Report of the Indian Hemp Drugs Commission, 1894-1895 - Volume V
Year: 1894
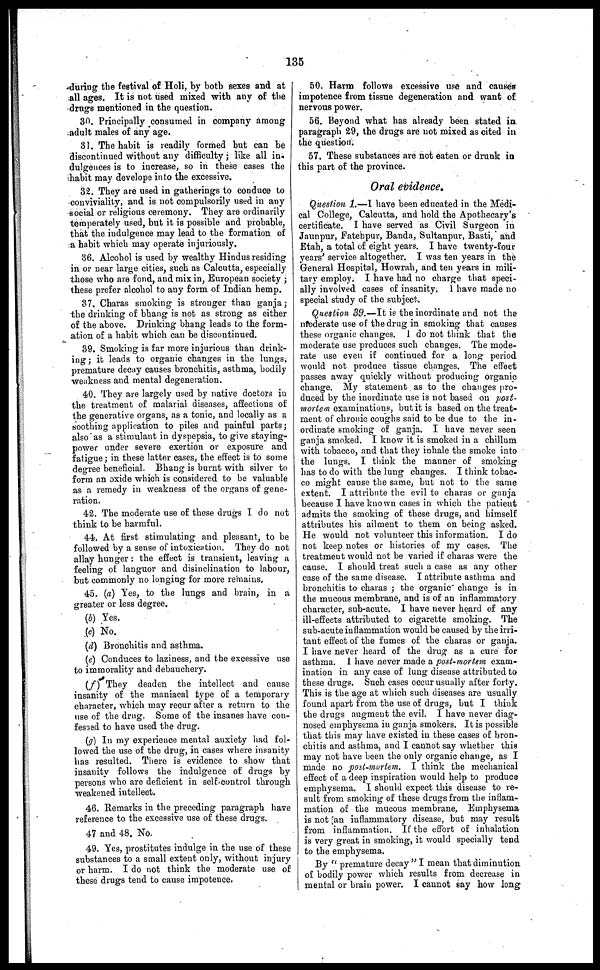
135
during the festival of Holi, by both sexes and at
all ages. It is not used mixed with any of the
drugs mentioned in the question.
30. Principally consumed in company among
adult males of any age.
31. The habit is readily formed but can be
discontinued without any difficulty; like all in-
dulgences is to increase, so in these cases the
habit may develope into the excessive.
32. They are used in gatherings to conduce to
conviviality, and is not compulsorily used in any
social or religious ceremony. They are ordinarily
temperately used, but it is possible and probable,
that the indulgence may lead to the formation of
a habit which may operate injuriously.
36. Alcohol is used by wealthy Hindus residing
in or near large cities, such as Calcutta, especially
those who are fond, and mix in, European society;
these prefer alcohol to any form of Indian hemp.
37. Charas smoking is stronger than ganja;
the drinking of bhang is not as strong as either
of the above. Drinking bhang leads to the form-
ation of a habit which can be discontinued.
39. Smoking is far more injurious than drink-
ing; it leads to organic changes in the lungs,
premature decay causes bronchitis, asthma, bodily
weakness and mental degeneration.
40. They are largely used by native doctors in
the treatment of malarial diseases, affections of
the generative organs, as a tonic, and locally as a
soothing application to piles and painful parts;
also as a stimulant in dyspepsia, to give staying-
power under severe exertion or exposure and
fatigue; in these latter cases, the effect is to some
degree beneficial. Bhang is burnt with silver to
form an oxide which is considered to be valuable
as a remedy in weakness of the organs of gene-
ration.
42. The moderate use of these drugs I do not
think to be harmful.
44. At first stimulating and pleasant, to be
followed by a sense of intoxication. They do not
allay hunger: the effect is transient, leaving a
feeling of languor and disinclination to labour,
but commonly no longing for more remains.
45. (a) Yes, to the lungs and brain, in a
greater or less degree.
(b) Yes.
(c) No.
(d) Bronchitis and asthma.
(e) Conduces to laziness, and the excessive use
to immorality and debauchery.
(f) They deaden the intellect and cause
insanity of the maniacal type of a temporary
character, which may recur after a return to the
use of the drug. Some of the insanes have con-
fessed to have used the drug.
(g) In my experience mental anxiety had fol-
lowed the use of the drug, in cases where insanity
has resulted. There is evidence to show that
insanity follows the indulgence of drugs by
persons who are deficient in self-control through
weakened intellect.
46. Remarks in the preceding paragraph have
reference to the excessive use of these drugs.
47 and 48. No.
49. Yes, prostitutes indulge in the use of these
substances to a small extent only, without injury
or harm. I do not think the moderate use of
these drugs tend to cause impotence.
50. Harm follows excessive use and causes
impotence from tissue degeneration and want of
nervous power.
56. Beyond what has already been stated in
paragraph 29, the drugs are not mixed as cited in
the question.
57. These substances are not eaten or drunk in
this part of the province.
Oral evidence.
Question 1.—I have been educated in the Medi-
cal College, Calcutta, and hold the Apothecary's
certificate. I have served as Civil Surgeon in
Jaunpur, Fatehpur, Banda, Sultanpur, Basti, and
Etah, a total of eight years. I have twenty-four
years' service altogether. I was ten years in the
General Hospital, Howrah, and ten years in mili-
tary employ. I have had no charge that speci-
ally involved cases of insanity. I have made no
special study of the subject.
Question 39.—It is the inordinate and not the
nfoderate use of the drug in smoking that causes
these organic changes. I do not think that the
moderate use produces such changes. The mode-
rate use even if continued for a long period
would not produce tissue changes. The effect
passes away quickly without producing organic
change. My statement as to the changes pro-
duced by the inordinate use is not based on post-
mortem examinations, but it is based on the treat-
ment of chronic coughs said to be due to the in-
ordinate smoking of ganja. I have never seen
ganja smoked. I know it is smoked in a chillum
with tobacco, and that they inhale the smoke into
the lungs. I think the manner of smoking
has to do with the lung changes. I think tobac-
co might cause the same, but not to the same
extent. I attribute the evil to charas or ganja
because I have known cases in which the patient
admits the smoking of these drugs, and himself
attributes his ailment to them on being asked.
He would not volunteer this information. I do
not keep notes or histories of my cases. The
treatment would not be varied if charas were the
cause. I should treat such a case as any other
case of the same disease. I attribute asthma and
bronchitis to charas; the organic change is in
the mucous membrane, and is of an inflammatory
character, sub-acute. I have never heard of any
ill-effects attributed to cigarette smoking. The
sub-acute inflammation would be caused by the irri-
tant effect of the fumes of the charas or ganja.
I have never heard of the drug as a cure for
asthma. I have never made a post-mortem exam-
ination in any case of lung disease attributed to
these drugs. Such cases occur usually after forty.
This is the age at which such diseases are usually
found apart from the use of drugs, but I think
the drugs augment the evil. I have never diag-
nosed emphysema in ganja smokers. It is possible
that this may have existed in these cases of bron-
chitis and asthma, and I cannot say whether this
may not have been the only organic change, as I
made no post-mortem. I think the mechanical
effect of a deep inspiration would help to produce
emphysema. I should expect this disease to re-
sult from smoking of these drugs from the inflam-
mation of the mucous membrane, Emphysema
is not [an inflammatory disease, but may result
from inflammation. If the effort of inhalation
is very great in smoking, it would specially tend
to the emphysema.
By "premature decay" I mean that diminution
of bodily power which results from decrease in
mental or brain power. I cannot say how long